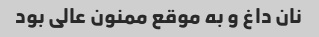
نان داغ و به موقع ممنون عالی بود